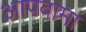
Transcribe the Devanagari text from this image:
आपवामां